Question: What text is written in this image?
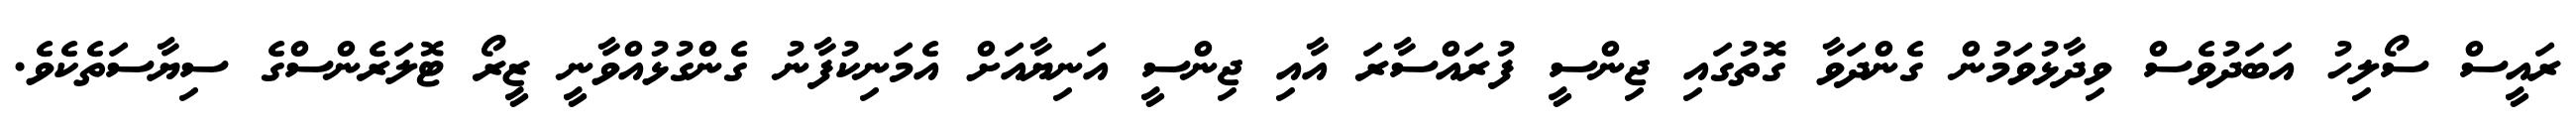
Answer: ރައީސް ސޯލިހު އަބަދުވެސް ވިދާޅުވަމުން ގެންދަވާ ގޮތުގައި ޖިންސީ ފުރައްސާރަ އާއި ޖިންސީ އަނިޔާއަށް އެމަނިކުފާނު ގެންގުޅުއްވާނީ ޒީރޯ ޓޮލަރެންސްގެ ސިޔާސަތެކެވެ.